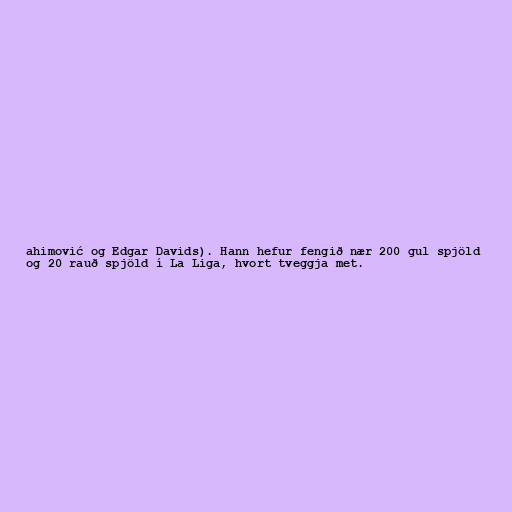
ahimović og Edgar Davids). Hann hefur fengið nær 200 gul spjöld
og 20 rauð spjöld í La Liga, hvort tveggja met.